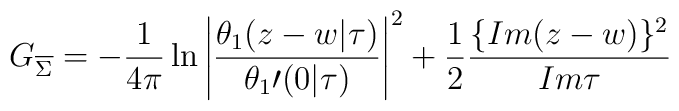
G_{\overline\Sigma}=-\frac{1}{4\pi}\ln\left|\frac{\theta_1(z-w|\tau)}{{\theta_1}\prime(0|\tau)}\right|^2+\frac{1}{2}\frac{\{Im(z-w)\}^2}{Im\tau}